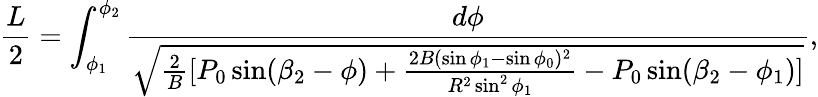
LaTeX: \frac{L}{2}=\int_{\phi_{1}}^{\phi_{2}}\frac{d\phi}{\sqrt{\frac{2}{B}[P_{0}\sin(\beta_{2}-\phi)+\frac{2B(\sin\phi_{1}-\sin\phi_{0})^{2}}{R^{2}\sin^{2}\phi_{1}}-P_{0}\sin(\beta_{2}-\phi_{1})]}},